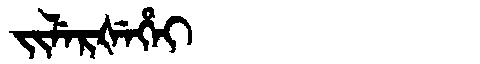
Manchu: ᠵᡳᠯᡝᡵᡧᡝᡥᡝᡳ
Romanization: JILERŠEHEI